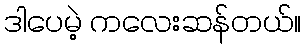
ဒါပေမဲ့ ကလေးဆန်တယ်။